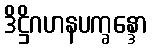
ဒိဋ္ဌိဂဟနပက္ခန္ဒော